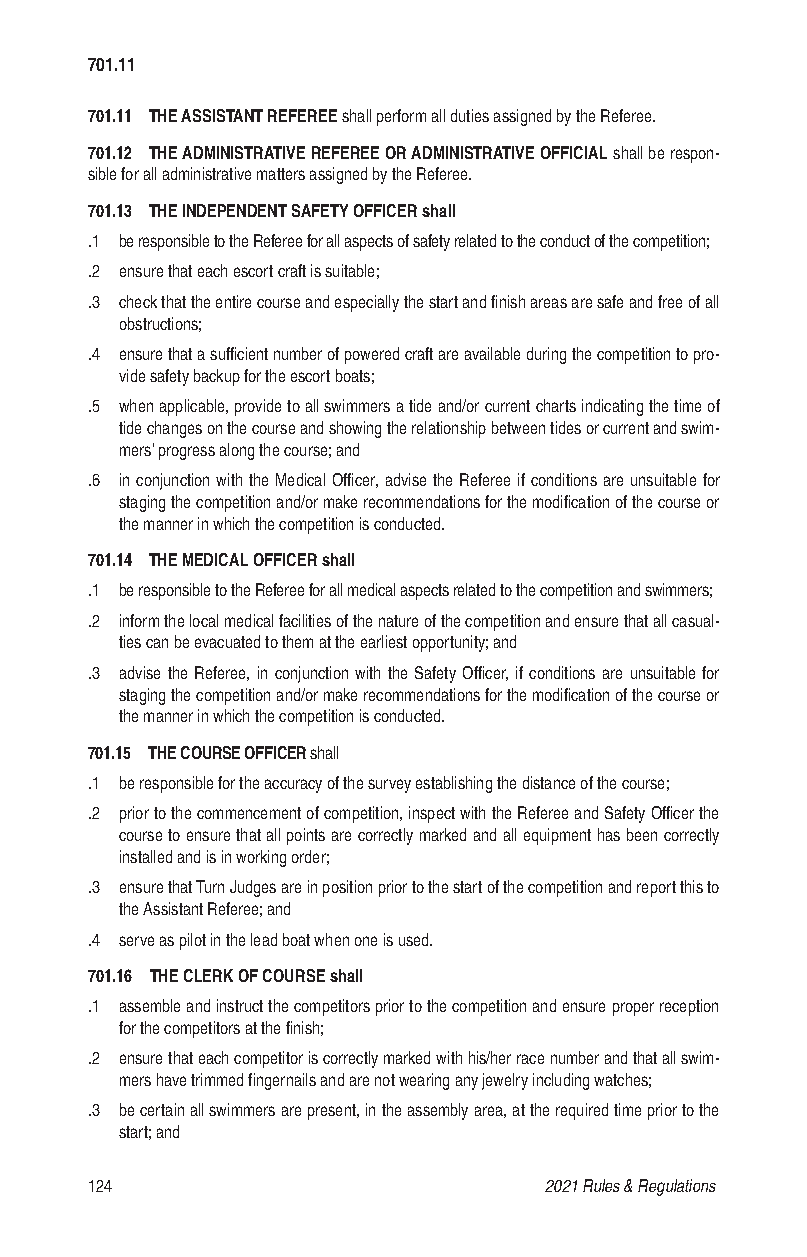
701.11
 701.11 THE ASSISTANT REFEREE shall perform all duties assigned by the Referee.
 701.12 THE ADMINISTRATIVE REFEREE OR ADMINISTRATIVE OFFICIAL shall be respon-
 sible for all administrative matters assigned by the Referee.
 701.13 THE INDEPENDENT SAFETY OFFICER shall
 .1 be responsible to the Referee for all aspects of safety related to the conduct of the competition;
 .2 ensure that each escort craft is suitable;
 .3 check that the entire course and especially the start and finish areas are safe and free of all
 obstructions;
 .4 ensure that a sufficient number of powered craft are available during the competition to pro-
 vide safety backup for the escort boats;
 .5 when applicable, provide to all swimmers a tide and/or current charts indicating the time of
 tide changes on the course and showing the relationship between tides or current and swim-
 mers’ progress along the course; and
 .6 in conjunction with the Medical Officer, advise the Referee if conditions are unsuitable for
 staging the competition and/or make recommendations for the modification of the course or
 the manner in which the competition is conducted.
 701.14 THE MEDICAL OFFICER shall
 .1 be responsible to the Referee for all medical aspects related to the competition and swimmers;
 .2 inform the local medical facilities of the nature of the competition and ensure that all casual-
 ties can be evacuated to them at the earliest opportunity; and
 .3 advise the Referee, in conjunction with the Safety Officer, if conditions are unsuitable for
 staging the competition and/or make recommendations for the modification of the course or
 the manner in which the competition is conducted.
 701.15 THE COURSE OFFICER shall
 .1 be responsible for the accuracy of the survey establishing the distance of the course;
 .2 prior to the commencement of competition, inspect with the Referee and Safety Officer the
 course to ensure that all points are correctly marked and all equipment has been correctly
 installed and is in working order;
 .3 ensure that Turn Judges are in position prior to the start of the competition and report this to
 the Assistant Referee; and
 .4 serve as pilot in the lead boat when one is used.
 701.16 THE CLERK OF COURSE shall
 .1 assemble and instruct the competitors prior to the competition and ensure proper reception
 for the competitors at the finish;
 .2 ensure that each competitor is correctly marked with his/her race number and that all swim-
 mers have trimmed fingernails and are not wearing any jewelry including watches;
 .3 be certain all swimmers are present, in the assembly area, at the required time prior to the
 start; and
 124                           2021 Rules & Regulations